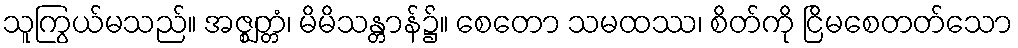
သူကြွယ်မသည်။ အဇ္ဈတ္တံ၊ မိမိသန္တာန်၌။ စေတော သမထဿ၊ စိတ်ကို ငြိမစေတတ်သော